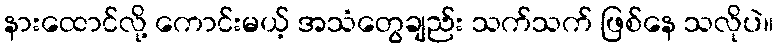
နားထောင်လို့ ကောင်းမယ့် အသံတွေချည်း သက်သက် ဖြစ်နေ သလိုပဲ။